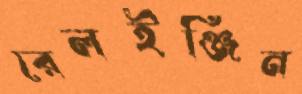
রেলইঞ্জিন